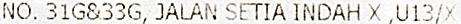
NO. 31G&33G, JALAN SETIA INDAH X ,U13/X